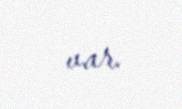
var.